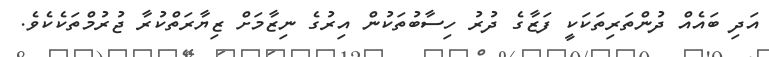
އަދި ބައެއް ދުންތަރިތަކަކީ ފަޒާގެ ދުރު ހިސާބުތަކުން އިރުގެ ނިޒާމަށް ޒިޔާރަތްކުރާ ޖުރުމްތަކެކެވެ.